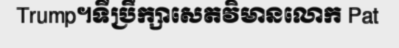
Trump។ទីប្រឹក្សាសេតវិមានលោក Pat